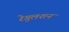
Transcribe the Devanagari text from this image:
रेगुलशन